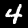
Digit: 4